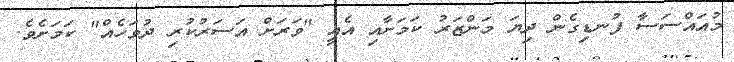
މުއައްސަސާ ފުނޑިގެން ދިޔަ މަންޒަރު ކަމަށާއި އެއީ "ވަރަށް އަސަރުކުރި ދުވަހެއް" ކަމަށެވެ.